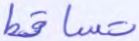
تساقط